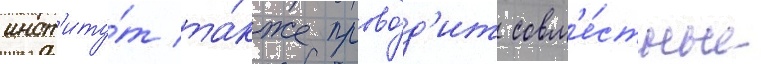
инст'иту́т та́кже прово́д'ит совм'е́стные